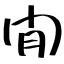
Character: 閒